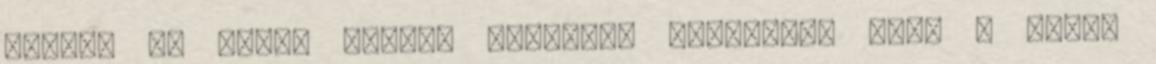
Amikor az anyai hangok áramlása megszûnt, Edua a fejét